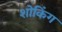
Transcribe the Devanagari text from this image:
शोकिंग